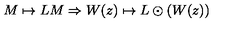
M \mapsto L M \Rightarrow W ( z ) \mapsto L \odot ( W ( z ) )